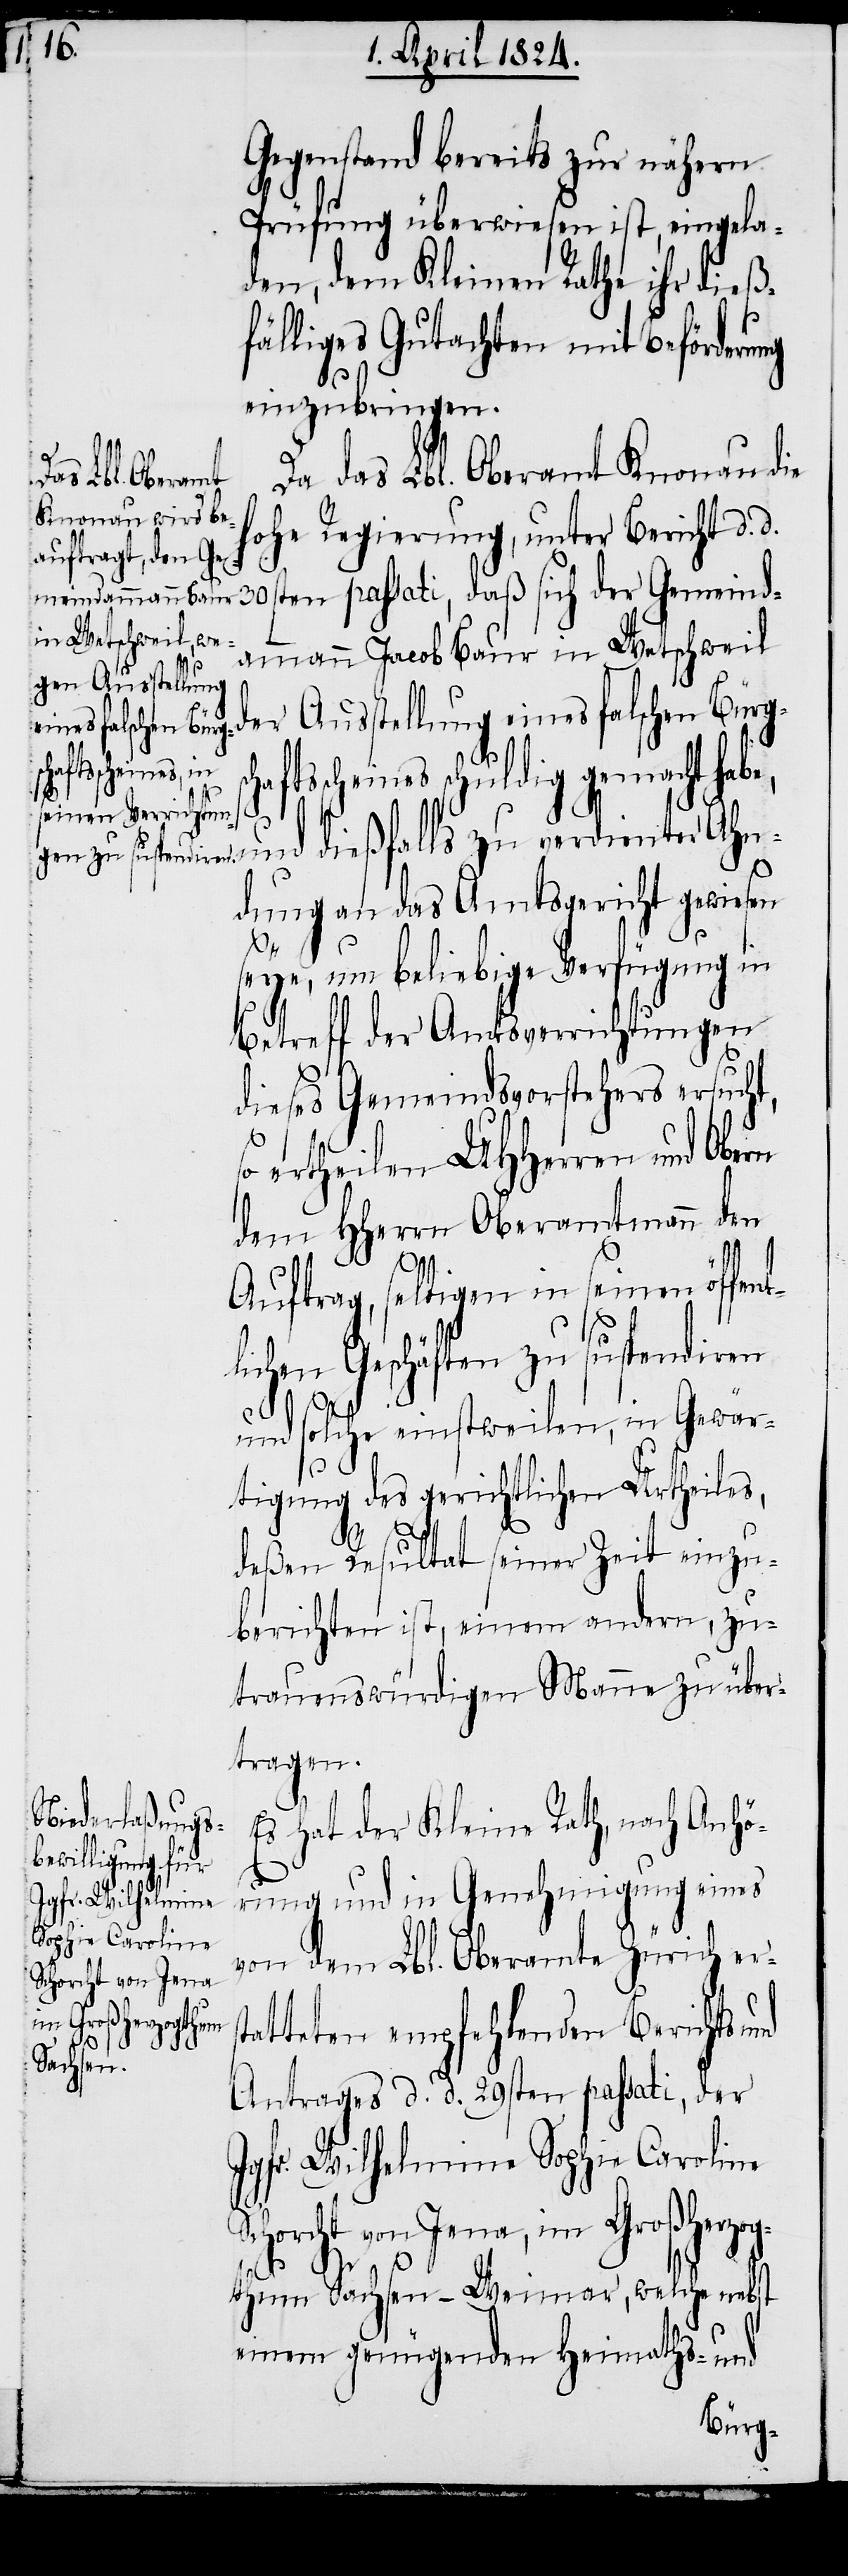
Gegenstand bereits zur nähern
Prüfung überwiesen ist, eingela¬
den, dem Kleinen Rathe ihr dieß¬
fälliges Gutachten mit Beförderu¬
einzubringen.
Das das Lbl. Oberamt Knonau die
hohe Regierung, unter Bericht d. d.
30sten passati, daß sich der Gemeind¬
ammann Jacob Baur in Wetschweil
der Ausstellung eines falschen Bürg¬
aftsscheines schuldig gemacht habe,
und dießfalls zu verdienter Ahn¬
dung an das Amtsgericht gewiesen
seye, um beliebige Verfügung in
Betreff der Amtsverrichtungen
dieses Gemeindsvorstehers ersucht,
ertheilen UHHerren und Obern
dem HHerrn Oberamtmann den
Auftrag, selbigen in seinen öffent¬
lichen Geschäften zu suspendiren
und solche einstweilen, in Gewär¬
tigung des gerichtlichen Urtheiles,
ng
sch¬
deßen Resultat seiner Zeit einzu¬
berichten ist, einem andern, zu¬
trauenswürdigen Manne zu über¬
tragen.
Es hat der Kleine Rath, nach Anhö¬
rung und in Genehmigung eines
von dem Lbl. Oberamte Zürich ers¬
tatteten empfehlenden Berichts
Antrages d. d. 29sten passati, der
Jgfr. Wilhelmine Sophie Caroline
Schorcht von Jena, im Großherzog¬
thum Sachsen-Weimar, welche nebst
einem genügenden Heimaths- und